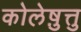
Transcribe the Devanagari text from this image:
कोलेष़ुत्तु